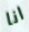
انا